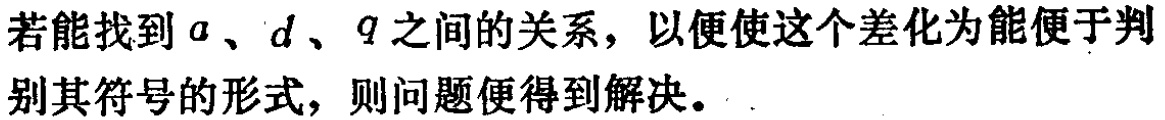
若能找到\(a\)、\(d\)、\(q\)之间的关系，以便使这个差化为能便于判别其符号的形式，则问题便得到解决。